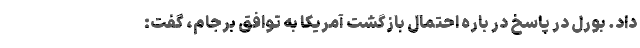
داد. بورل در پاسخ در باره احتمال بازگشت آمریکا به توافق برجام، گفت: